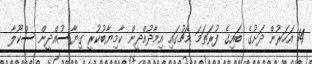
14 އަހަރުން ދަށުގެ ބައިގެ ފުރަތަމަ މެޗުގައި އިމާދުއްދީން ކާމިޔާބުކުރީ ގިޔާސުއްދީން ސްކޫލާ